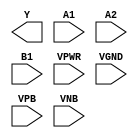
module sky130_fd_sc_lp__o21ai (
    Y   ,
    A1  ,
    A2  ,
    B1  ,
    VPWR,
    VGND,
    VPB ,
    VNB
);

    output Y   ;
    input  A1  ;
    input  A2  ;
    input  B1  ;
    input  VPWR;
    input  VGND;
    input  VPB ;
    input  VNB ;
endmodule